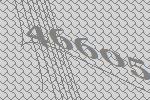
46605